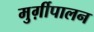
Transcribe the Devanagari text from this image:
मुर्ग़ीपालन